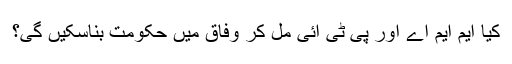
کیا ایم ایم اے اور پی ٹی آئی مل کر وفاق میں حکومت بناسکیں گی؟